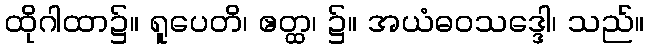
ထိုဂါထာ၌။ ရူပေတိ၊ ဧတ္ထ၊ ၌။ အယံဓဝသဒ္ဒေါ၊ သည်။